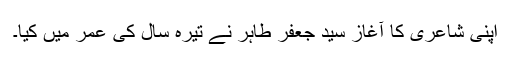
اپنی شاعری کا آغاز سید جعفر طاہر نے تیرہ سال کی عمر میں کیا۔